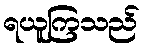
ရယူကြသည်